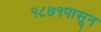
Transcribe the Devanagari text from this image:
१८७१पासून